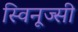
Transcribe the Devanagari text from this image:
स्विनूज्सी